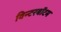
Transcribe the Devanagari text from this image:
विन्टरबॉटम